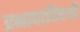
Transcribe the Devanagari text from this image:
प्रभावाविषयी